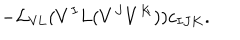
- { \cal L } _ { \mathrm { V L } } ( V ^ { I } L ( V ^ { J } V ^ { K } ) ) c _ { I J K } .